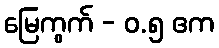
မြေကွက် - ၀.၅ ဧက